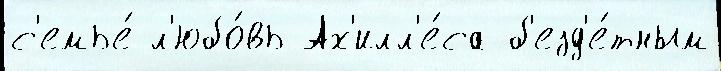
с'емье́ л'юбо́вь Ах'илл'е́са б'езд'е́тным